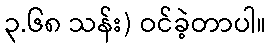
၃.၆၈ သန်း) ဝင်ခဲ့တာပါ။